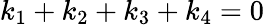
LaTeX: k_{1}+k_{2}+k_{3}+k_{4}=0